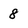
Character: 8